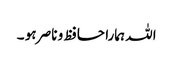
اللہ ہمارا حافظ و ناصر ہو ۔